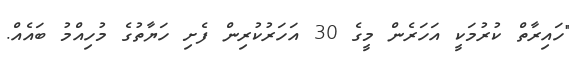
"ހައިރާތް ކުރުމަކީ އަހަރެން މީގެ 30 އަހަރުކުރިން ފެށި ހަޔާތުގެ މުހިއްމު ބައެއް.